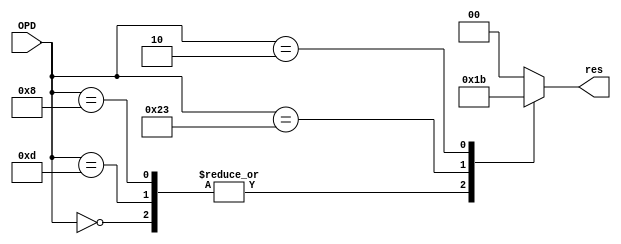
`timescale 1ns / 1ps
//Tnew counter
`define ADD 6'b000000
`define SUB 6'b000000
`define AND 6'b000000
`define JR 6'b000000
`define ORI 6'b001101
`define ADDI 6'b001000
`define BEQ 6'b000100
`define J 6'b000010
`define JAL 6'b000010
`define SW 6'b101011
`define LW 6'b100011
`define LUI 001111

`define ALU 2'b01
`define DM 2'b10
`define PC 2'b11
`define NW 2'b00
module res(OPD,res);

input[5:0] OPD;

output[1:0] res;
reg[1:0] res=0;

always @ (OPD)
begin
case(OPD)
	`ADD:res<=`ALU;
	`SUB:res<=`ALU;
	`AND:res<=`ALU;
	`ORI:res<=`ALU;
	`ADDI:res<=`ALU;
	`LUI:res<=`ALU;
	`LW:res<=`DM;
	`J:res<=`PC;
	`JAL:res<=`ALU;
	`JR:res<=`PC;
	default:res<=`NW;
endcase
end

endmodule